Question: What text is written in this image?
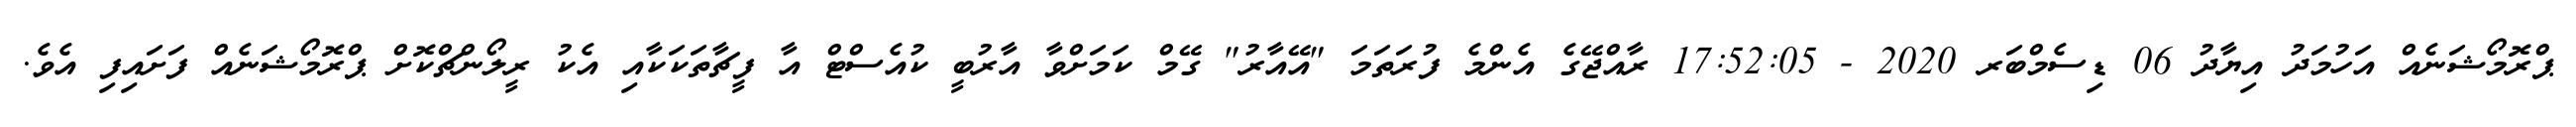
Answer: ޕްރޮމޯޝަނެއް އަހުމަދު އިޔާދު 06 ޑިސެމްބަރ 2020 - 17:52:05 ރާއްޖޭގެ އެންމެ ފުރަތަމަ "އޭއާރު" ގޭމް ކަމަށްވާ އާރުބީ ކުއެސްޓް އާ ފީޗާތަކަކާއި އެކު ރީލޯންޗްކޮށް ޕްރޮމޯޝަނެއް ފަށައިފި އެވެ.